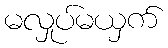
မလှုပ်မယှက်